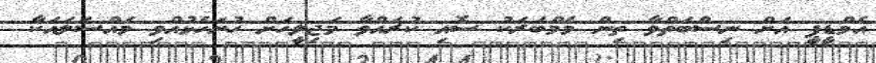
އެމްޑީޕީ އަށް ނިސްބަތްވާ ތިން މެމްބަރަކު ސޮއި ކުރައްވާ މަޖިލީހަށް ހުށަހެޅުއްވި މައްސަލައަކާ